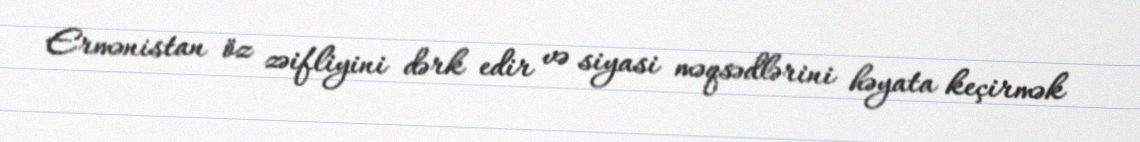
Ermənistan öz zəifliyini dərk edir və siyasi məqsədlərini həyata keçirmək